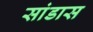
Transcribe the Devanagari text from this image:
सांडास